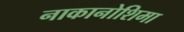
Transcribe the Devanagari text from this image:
नाकानोशिमा